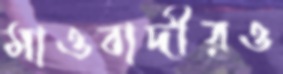
মাওবাদীরও